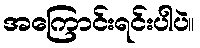
အကြောင်းရင်းပါပဲ။